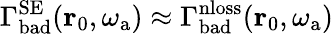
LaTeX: \Gamma_{\mathrm{bad}}^{\mathrm{SE}}(\mathbf{r}_{0},\omega_{\mathrm{a}})\approx\Gamma_{\mathrm{bad}}^{\mathrm{nloss}}(\mathbf{r}_{0},\omega_{\mathrm{a}})